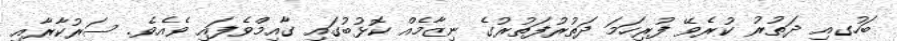
ބަހުގއި ދަތުރު ކުރެވޭ ފުރިހަމަ ދަތުރުފަތުރުގެ ނިޒާމެއް ކޮޅުބުގައި ގާއިމްވެފައި ވެއެވެ. ސަރުކާރާއި